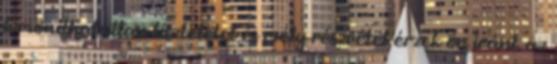
kimondhatatlan tiszteletet és mély részvétet érzek ön iránt. az